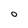
Character: O